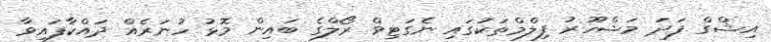
އިޝްގް ފަދަ މަޝްހޫރު ފިލްމްތަކުގައި ނެގަޓިވް ރޯލްގެ ބައިން މޮޅު ހުނަރެއް ދައްކާފައިވާ